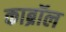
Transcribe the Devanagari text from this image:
काब्रॉल